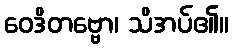
ဝေဒိတဗ္ဗော၊ သိအပ်၏။